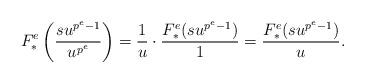
LaTeX: \begin{align*}F_*^e\left(\frac{su^{p^e-1}}{u^{p^e}}\right) = \frac{1}{u}\cdot \frac{F_*^e(su^{p^e-1})}{1}= \frac{F_*^e(su^{p^e-1})}{u}.\end{align*}